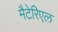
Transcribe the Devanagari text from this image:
मैटेरिएल